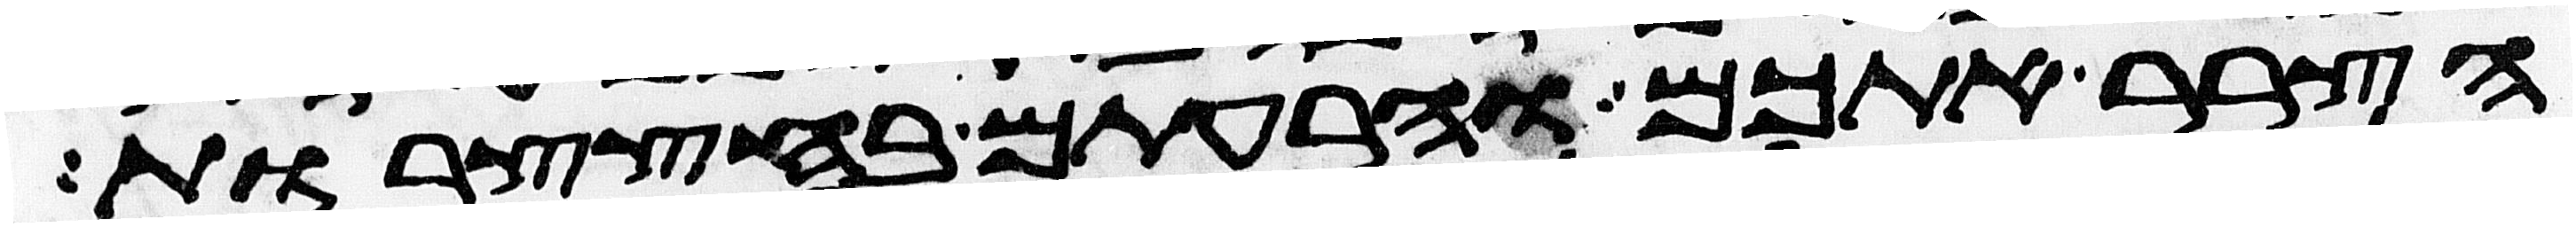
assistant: הצרר אתכם והרעתם בחצצרות